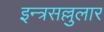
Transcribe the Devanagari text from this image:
इन्त्रसल्लुलार